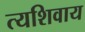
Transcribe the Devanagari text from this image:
त्यशिवाय